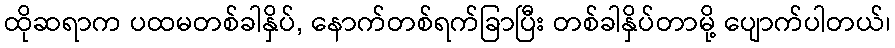
ထိုဆရာက ပထမတစ်ခါနှိပ်, နောက်တစ်ရက်ခြာပြီး တစ်ခါနှိပ်တာမို့ ပျောက်ပါတယ်၊